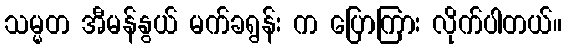
သမ္မတ အီမန်နွယ် မက်ခရွန်း က ပြောကြား လိုက်ပါတယ်။